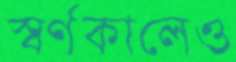
স্বর্ণকালেও